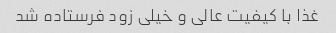
غذا با کیفیت عالی و خیلی زود فرستاده شد